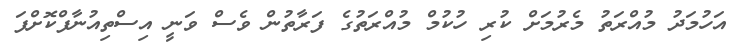
އަހުމަދު މުއްރަތު މެރުމަށް ކުރި ހުކުމް މުއްރަތުގެ ފަރާތުން ވެސް ވަނީ އިސްތިއުނާފްކޮށްފަ